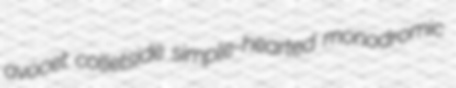
avocet colletside simple-hearted monodromic